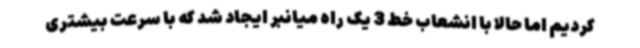
کردیم اما حالا با انشعاب خط 3 یک راه میانبر ایجاد شد که با سرعت بیشتری